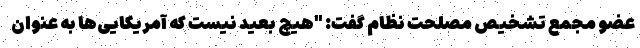
عضو مجمع تشخیص مصلحت نظام گفت: "هیچ بعید نیست که آمریکایی‌ها به عنوان